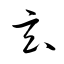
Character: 玄